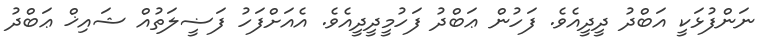
ނަންފުޅަކީ އަބްދު ދީދީއެވެ. ފަހުން ޢަބްދު ފަހުމީދީދީއެވެ. އެއަށްފަހު ފަޟީލަތުއް ޝައިޚް ޢަބްދު